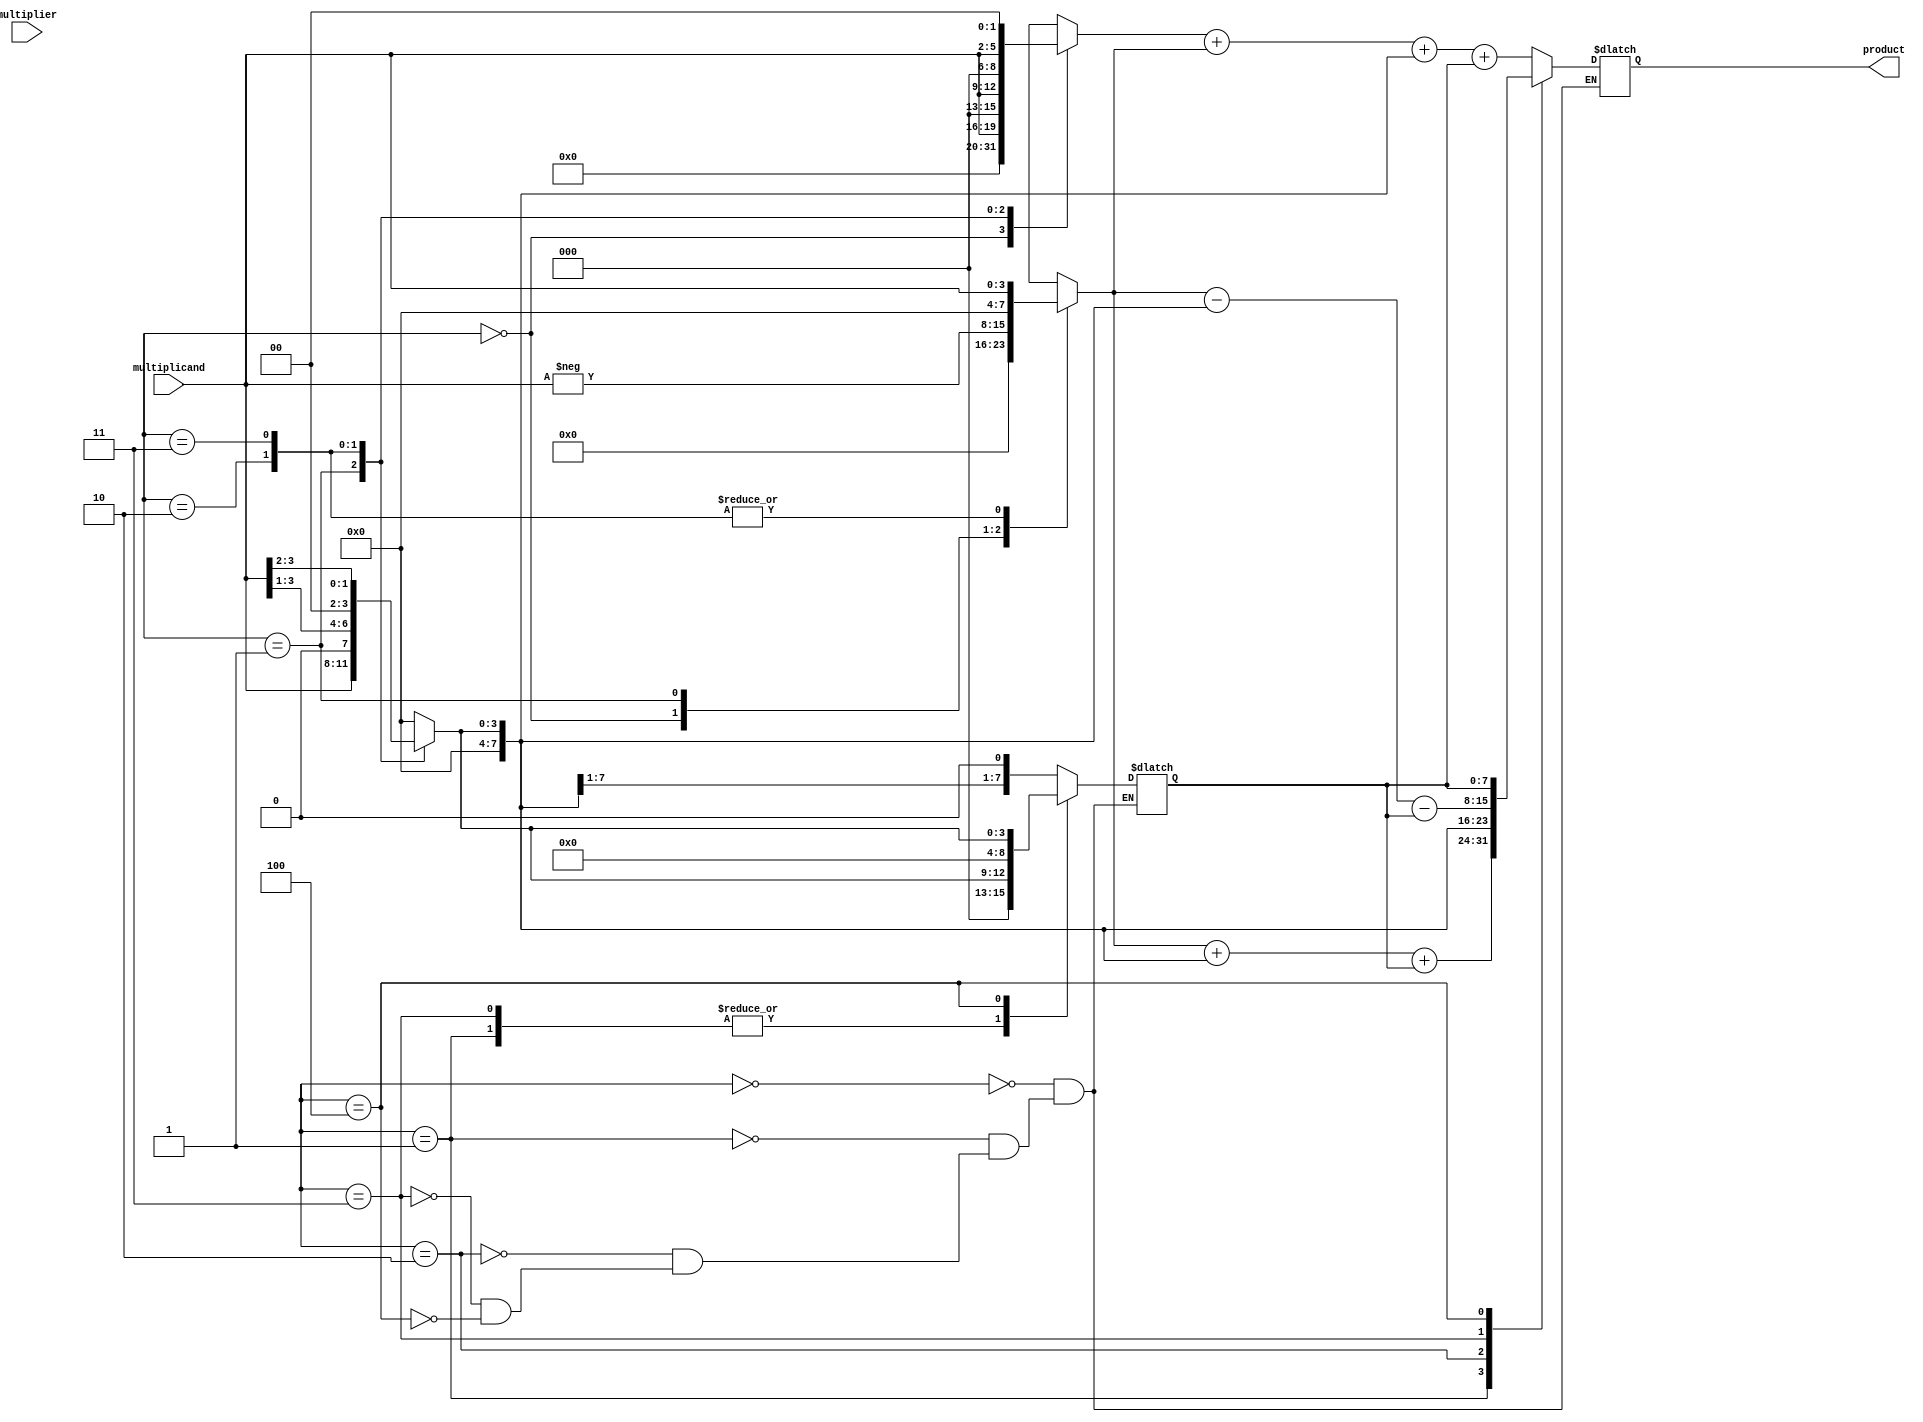
module booth_multiplier(
  input [3:0] multiplicand,
  input [3:0] multiplier,
  output reg [7:0] product
);

reg [7:0] partial_products[3:0];
reg [2:0] shift_count;
reg [1:0] control;

always @(*)
begin
  case(control)
    2'b00: partial_products[0] = 8'b0; // initialize partial products
    2'b01: partial_products[0] = multiplicand << 0; // generate partial product 0
    2'b10: partial_products[0] = multiplicand << 1; // generate partial product 1
    2'b11: partial_products[0] = multiplicand << 2; // generate partial product 2
  endcase
  
  case(shift_count)
    3'b000: partial_products[1] = {partial_products[0][6:0], 1'b0}; // shift partial product 0 left by 1
    3'b001: partial_products[1] = {partial_products[0][7:1], 1'b0}; // shift partial product 0 left by 1
    3'b010: partial_products[1] = {partial_products[0][6:0], 1'b0}; // shift partial product 0 left by 1
    3'b011: partial_products[1] = {partial_products[0][7:1], 1'b0}; // shift partial product 0 left by 1
    3'b100: partial_products[1] = partial_products[0]; // shift partial product 0 left by 0
  endcase
  
  case(control)
    2'b00: partial_products[1] = 8'b0; // initialize partial product 1
    2'b01: partial_products[1] = -multiplicand; // generate negative multiplicand
    2'b10: partial_products[1] = multiplicand; // generate multiplicand
    2'b11: partial_products[1] = multiplicand; // generate multiplicand
  endcase
  
  case(control)
    2'b00: partial_products[2] = 8'b0; // initialize partial product 2
    2'b01: partial_products[2] = multiplicand >> 0; // generate partial product 2
    2'b10: partial_products[2] = multiplicand >> 1; // generate partial product 3
    2'b11: partial_products[2] = multiplicand >> 2; // generate partial product 4
  endcase
  
  case(shift_count)
    3'b000: partial_products[3] = {partial_products[2][1:7], 1'b0}; // shift partial product 2 right by 1
    3'b001: partial_products[3] = {partial_products[2][0:6], 1'b0}; // shift partial product 2 right by 1
    3'b010: partial_products[3] = {partial_products[2][1:7], 1'b0}; // shift partial product 2 right by 1
    3'b011: partial_products[3] = {partial_products[2][0:6], 1'b0}; // shift partial product 2 right by 1
    3'b100: partial_products[3] = partial_products[2]; // shift partial product 2 right by 0
  endcase
  
end

always @(*)
begin
  case(shift_count)
    3'b000: product = partial_products[0] + partial_products[1] + partial_products[2] + partial_products[3]; // add all partial products for final product
    3'b001: product = partial_products[1] + partial_products[2] + partial_products[3]; // add all partial products for final product
    3'b010: product = partial_products[2]; // final product is partial product 2
    3'b011: product = partial_products[1] - partial_products[2] - partial_products[3]; // add all partial products for final product
    3'b100: product = partial_products[3]; // final product is partial product 3
  endcase
end

endmodule